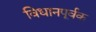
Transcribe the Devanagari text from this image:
विधानपूर्वक